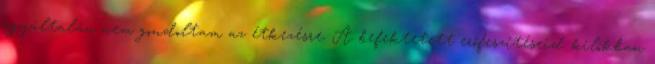
egyáltalán nem gondoltam az étkezésre. A befektetett erőfeszítéseid kilókban